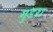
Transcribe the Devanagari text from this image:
गुडरा